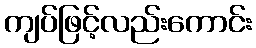
ကျပ်ဖြင့်လည်းကောင်း